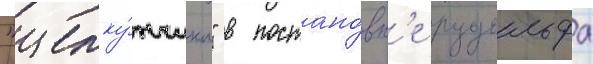
"щелку́нчика" в постано́вк'е рудольфа